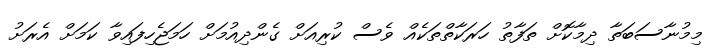
މިމުނާސަބަތާ ދިމާކޮށް ތަފާތު ހަރަކާތްތަކެއް ވެސް ކުރިއަށް ގެންދިއުމަށް ހަމަޖެހިފައިވާ ކަމަށް އެރަށު